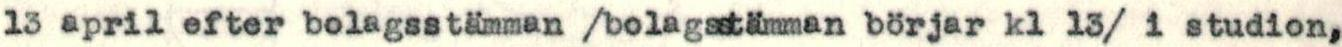
13 april efter bolagsstämman /bolagsstämman börjar kl 13/ i studion,